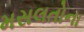
મસલતોના